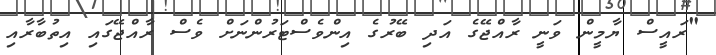
"ރައީސް ޔާމީން ވަނީ ރާއްޖޭގެ އަދި ބޭރުގެ އިންވެސްޓަރުންނަށް ވެސް ރާއްޖޭގައި އިތުބާރާއި